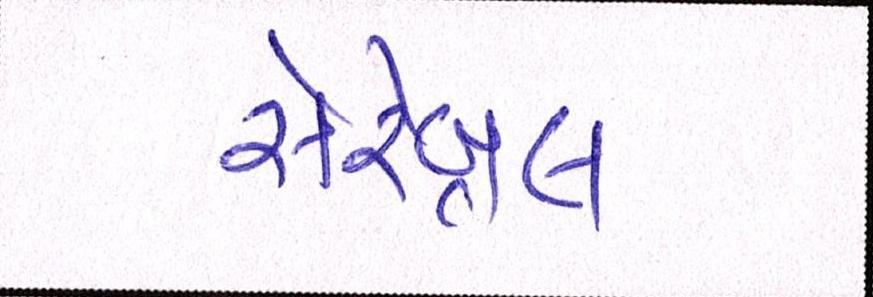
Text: સેરેબ્રલ